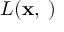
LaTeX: L ( \mathbf { x } , \mathbf { \mu } )